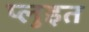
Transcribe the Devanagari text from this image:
प्लुइत